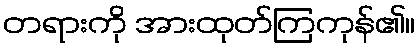
တရားကို အားထုတ်ကြကုန်၏။